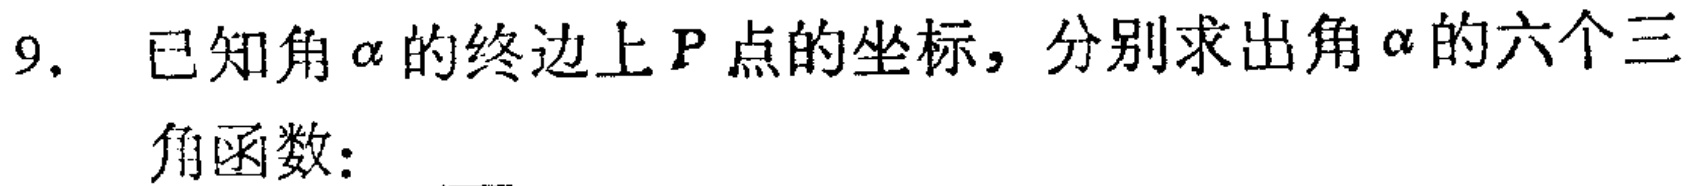
9. 已知角$\alpha$的终边上$P$点的坐标，分别求出角$\alpha$的六个三角函数：